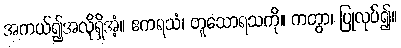
အကယ်၍အလိုရှိအံ့။ ဧကရသံ၊ တူသောရသကို။ ကတွာ၊ ပြုလုပ်၍။